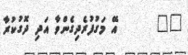
٥٢      އޭ މަގުފުރެދިގެންވާ އަދި ދޮގުކުރާ